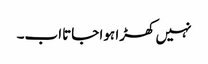
نہیں کھڑا ہوا جاتااب۔